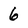
Character: 6